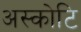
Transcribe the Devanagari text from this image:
अस्कोटि